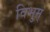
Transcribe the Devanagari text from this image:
विभुम्‌